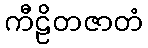
ကီဠိတဇာတံ